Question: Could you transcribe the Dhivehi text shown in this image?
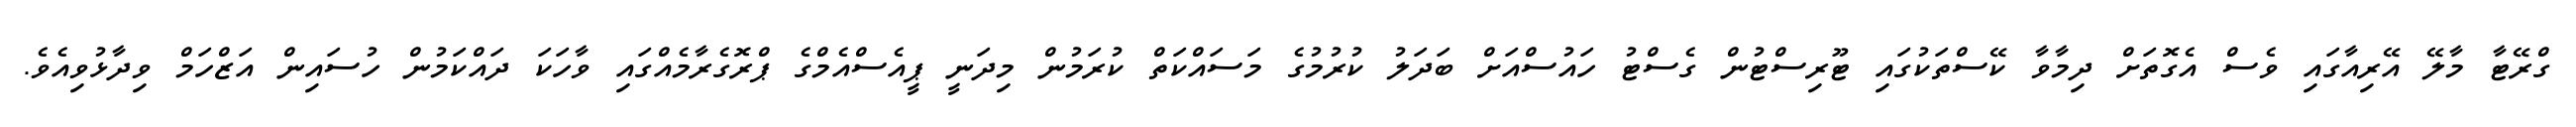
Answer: ގްރޭޓާ މާލޭ އޭރިއާގައި ވެސް އެގޮތަށް ދިމާވާ ކޭސްތަކުގައި ޓޫރިސްޓުން ގެސްޓު ހައުސްއަށް ބަދަލު ކުރުމުގެ މަސައްކަތް ކުރަމުން މިދަނީ ޕީއެސްއެމްގެ ޕްރޮގެރާމެއްގައި ވާހަކަ ދައްކަމުން ހުސައިން އަޒްހަމް ވިދާޅުވިއެވެ.